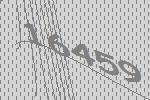
16459